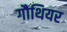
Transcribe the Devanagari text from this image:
गौथियर